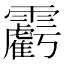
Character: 𩆾